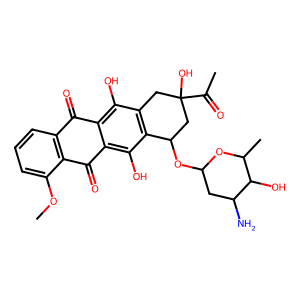
SMILES: COc1cccc2c1C(=O)c1c(O)c3c(c(O)c1C2=O)CC(O)(C(C)=O)CC3OC1CC(N)C(O)C(C)O1
Inhibits HIV replication: No